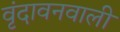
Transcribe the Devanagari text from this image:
वृंदावनवाली